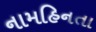
નામહિનતા